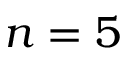
n = 5